Leprosy in India: report of the Leprosy Commission in India, 1890-91
Year: 1890
Disease focus: Leprosy
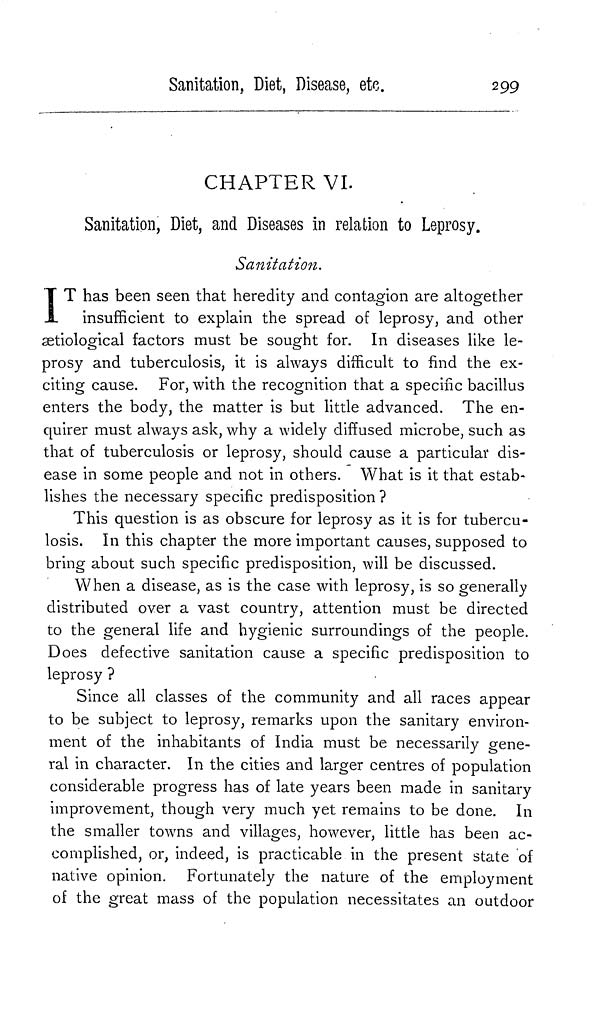
Sanitation, Diet, Disease, etc.
299
CHAPTER VI.
Sanitation, Diet, and Diseases in relation to Leprosy.
Sanitation.
I T has been seen that heredity and contagion are altogether
insufficient to explain the spread of leprosy, and other
ætiological factors must be sought for. In diseases like le-
prosy and tuberculosis, it is always difficult to find the ex-
citing cause. For, with the recognition that a specific bacillus
enters the body, the matter is but little advanced. The en-
quirer must always ask, why a widely diffused microbe, such as
that of tuberculosis or leprosy, should cause a particular dis-
ease in some people and not in others. What is it that estab-
lishes the necessary specific predisposition ?
This question is as obscure for leprosy as it is for tubercu-
losis. In this chapter the more important causes, supposed to
bring about such specific predisposition, will be discussed.
When a disease, as is the case with leprosy, is so generally
distributed over a vast country, attention must be directed
to the general life and hygienic surroundings of the people.
Does defective sanitation cause a specific predisposition to
leprosy ?
Since all classes of the community and all races appear
to be subject to leprosy, remarks upon the sanitary environ-
ment of the inhabitants of India must be necessarily gene-
ral in character. In the cities and larger centres of population
considerable progress has of late years been made in sanitary
improvement, though very much yet remains to be done. In
the smaller towns and villages, however, little has been ac-
complished, or, indeed, is practicable in the present state of
native opinion. Fortunately the nature of the employment
of the great mass of the population necessitates an outdoor